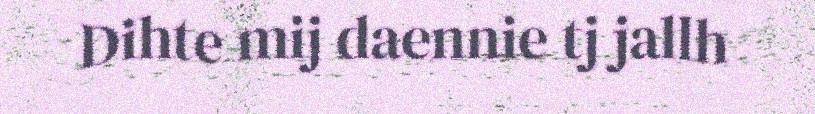
Dihte mij daennie tj jallh